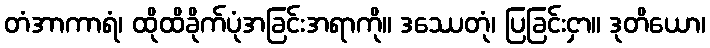
တံအာကာရံ၊ ထိုထိခိုက်ပုံအခြင်းအရာကို။ ဒဿေတုံ၊ ပြခြင်းငှာ။ ဒုတိယော၊